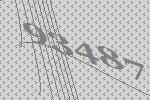
93487